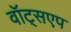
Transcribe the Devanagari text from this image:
वॉट्सएप